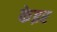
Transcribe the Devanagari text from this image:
केइर